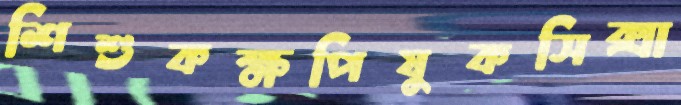
শিশুকক্ষপিষুকসিক্সা